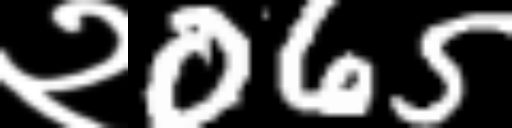
Text: २065